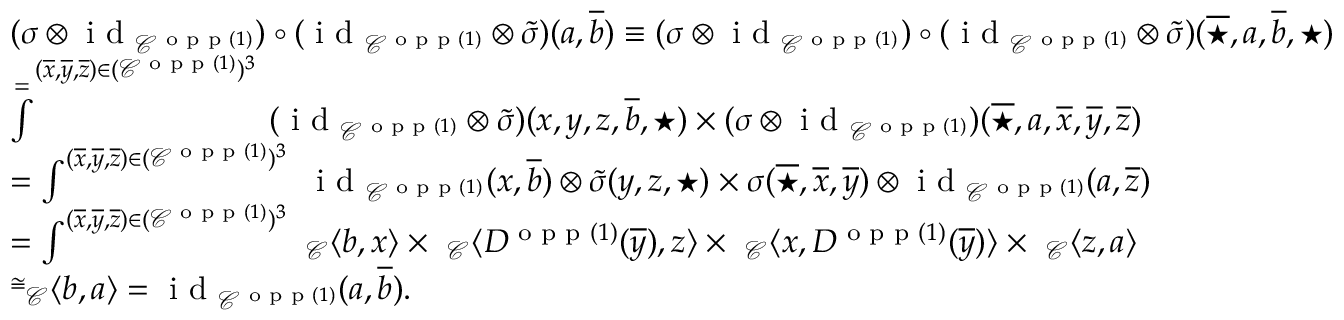
\begin{array} { r l } & { ( \sigma \otimes \textnormal { i d } _ { \mathcal { C } ^ { \textnormal { o p p } ( 1 ) } } ) \circ ( \textnormal { i d } _ { \mathcal { C } ^ { \textnormal { o p p } ( 1 ) } } \otimes \tilde { \sigma } ) ( a , \overline { { b } } ) \equiv ( \sigma \otimes \textnormal { i d } _ { \mathcal { C } ^ { \textnormal { o p p } ( 1 ) } } ) \circ ( \textnormal { i d } _ { \mathcal { C } ^ { \textnormal { o p p } ( 1 ) } } \otimes \tilde { \sigma } ) ( \overline { { \star } } , a , \overline { { b } } , \star ) } \\ & { \overset { = } \int ^ { ( \overline { { x } } , \overline { { y } } , \overline { { z } } ) \in ( \mathcal { C } ^ { \textnormal { o p p } ( 1 ) } ) ^ { 3 } } \ ( \textnormal { i d } _ { \mathcal { C } ^ { \textnormal { o p p } ( 1 ) } } \otimes \tilde { \sigma } ) ( x , y , z , \overline { { b } } , \star ) \times ( \sigma \otimes \textnormal { i d } _ { \mathcal { C } ^ { \textnormal { o p p } ( 1 ) } } ) ( \overline { { \star } } , a , \overline { { x } } , \overline { { y } } , \overline { { z } } ) } \\ & { = \int ^ { ( \overline { { x } } , \overline { { y } } , \overline { { z } } ) \in ( \mathcal { C } ^ { \textnormal { o p p } ( 1 ) } ) ^ { 3 } } \ \textnormal { i d } _ { \mathcal { C } ^ { \textnormal { o p p } ( 1 ) } } ( x , \overline { { b } } ) \otimes \tilde { \sigma } ( y , z , \star ) \times \sigma ( \overline { { \star } } , \overline { { x } } , \overline { { y } } ) \otimes \textnormal { i d } _ { \mathcal { C } ^ { \textnormal { o p p } ( 1 ) } } ( a , \overline { { z } } ) } \\ & { = \int ^ { ( \overline { { x } } , \overline { { y } } , \overline { { z } } ) \in ( \mathcal { C } ^ { \textnormal { o p p } ( 1 ) } ) ^ { 3 } } \ _ { \mathcal { C } } \langle b , x \rangle \times \ _ { \mathcal { C } } \langle D ^ { \textnormal { o p p } ( 1 ) } ( \overline { { y } } ) , z \rangle \times \ _ { \mathcal { C } } \langle x , D ^ { \textnormal { o p p } ( 1 ) } ( \overline { { y } } ) \rangle \times \ _ { \mathcal { C } } \langle z , a \rangle } \\ & { \overset { \cong } \ _ { \mathcal { C } } \langle b , a \rangle = \textnormal { i d } _ { \mathcal { C } ^ { \textnormal { o p p } ( 1 ) } } ( a , \overline { { b } } ) . } \end{array}